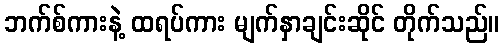
ဘက်စ်ကားနဲ့ ထရပ်ကား မျက်နှာချင်းဆိုင် တိုက်သည်။